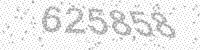
Solution: 625858